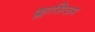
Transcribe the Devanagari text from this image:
क्लासिज़्म